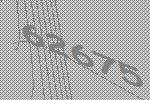
62675